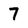
Character: 7